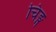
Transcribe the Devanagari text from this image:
चिङ्ग